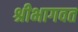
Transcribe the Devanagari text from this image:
श्रीभागवत